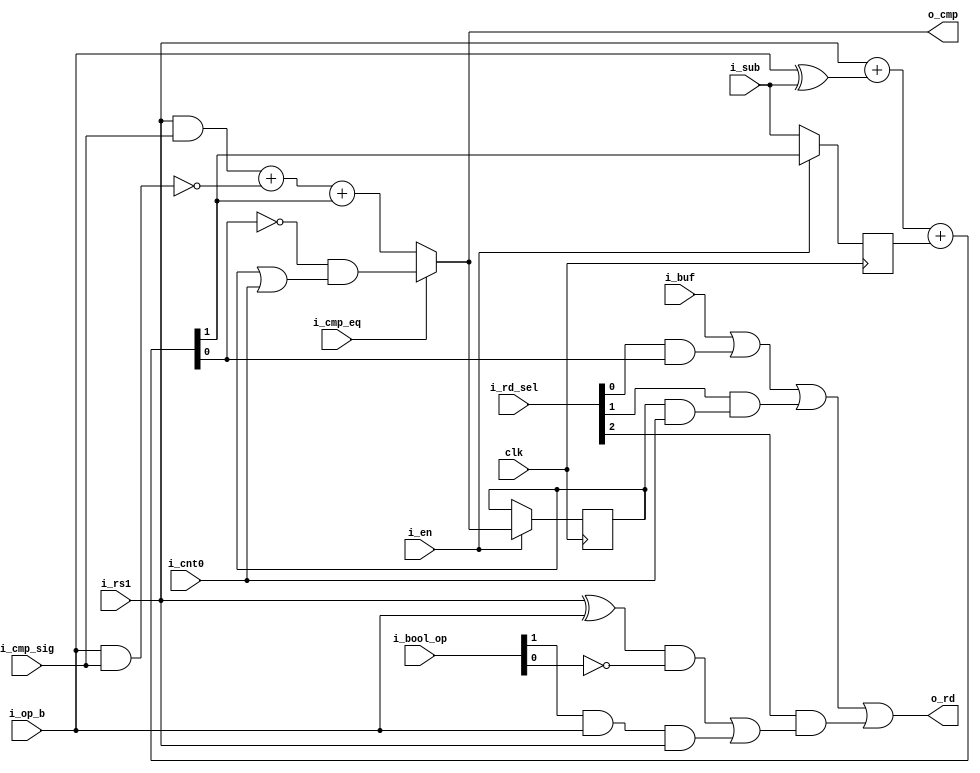
// This program was cloned from: https://github.com/olofk/tt07test
// License: Apache License 2.0

`default_nettype none
module serv_alu
  #(
   parameter W = 1,
   parameter B = W-1
  )
  (
   input wire 	    clk,
   //State
   input wire 	    i_en,
   input wire 	    i_cnt0,
   output wire 	    o_cmp,
   //Control
   input wire 	    i_sub,
   input wire [1:0] i_bool_op,
   input wire 	    i_cmp_eq,
   input wire 	    i_cmp_sig,
   input wire [2:0] i_rd_sel,
   //Data
   input wire  [B:0] i_rs1,
   input wire  [B:0] i_op_b,
   input wire  [B:0] i_buf,
   output wire [B:0] o_rd);

   wire [B:0]  result_add;
   wire [B:0]  result_slt;

   reg 	       cmp_r;

   wire        add_cy;
   reg [B:0]   add_cy_r;

   //Sign-extended operands
   wire rs1_sx  = i_rs1[B] & i_cmp_sig;
   wire op_b_sx = i_op_b[B]  & i_cmp_sig;

   wire [B:0] add_b = i_op_b^{W{i_sub}};

   assign {add_cy,result_add}   = i_rs1+add_b+add_cy_r;

   wire result_lt = rs1_sx + ~op_b_sx + add_cy;

   wire result_eq = !(|result_add) & (cmp_r | i_cnt0);

   assign o_cmp = i_cmp_eq ? result_eq : result_lt;

   /*
    The result_bool expression implements the following operations between
    i_rs1 and i_op_b depending on the value of i_bool_op

    00 xor
    01 0
    10 or
    11 and

    i_bool_op will be 01 during shift operations, so by outputting zero under
    this condition we can safely or result_bool with i_buf
    */
   wire [B:0] result_bool = ((i_rs1 ^ i_op_b) & ~{W{i_bool_op[0]}}) | ({W{i_bool_op[1]}} & i_op_b & i_rs1);

   assign result_slt[0] = cmp_r & i_cnt0;
   generate
      if (W>1) begin : gen_w_gt_1
	 assign result_slt[B:1] = {B{1'b0}};
      end
   endgenerate

   assign o_rd = i_buf |
                 ({W{i_rd_sel[0]}} & result_add) |
                 ({W{i_rd_sel[1]}} & result_slt) |
                 ({W{i_rd_sel[2]}} & result_bool);

   always @(posedge clk) begin
      add_cy_r    <= {W{1'b0}};
      add_cy_r[0] <= i_en ? add_cy : i_sub;

      if (i_en)
	cmp_r <= o_cmp;
   end

endmodule